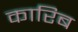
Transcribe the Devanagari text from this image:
कारिब